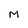
Character: M